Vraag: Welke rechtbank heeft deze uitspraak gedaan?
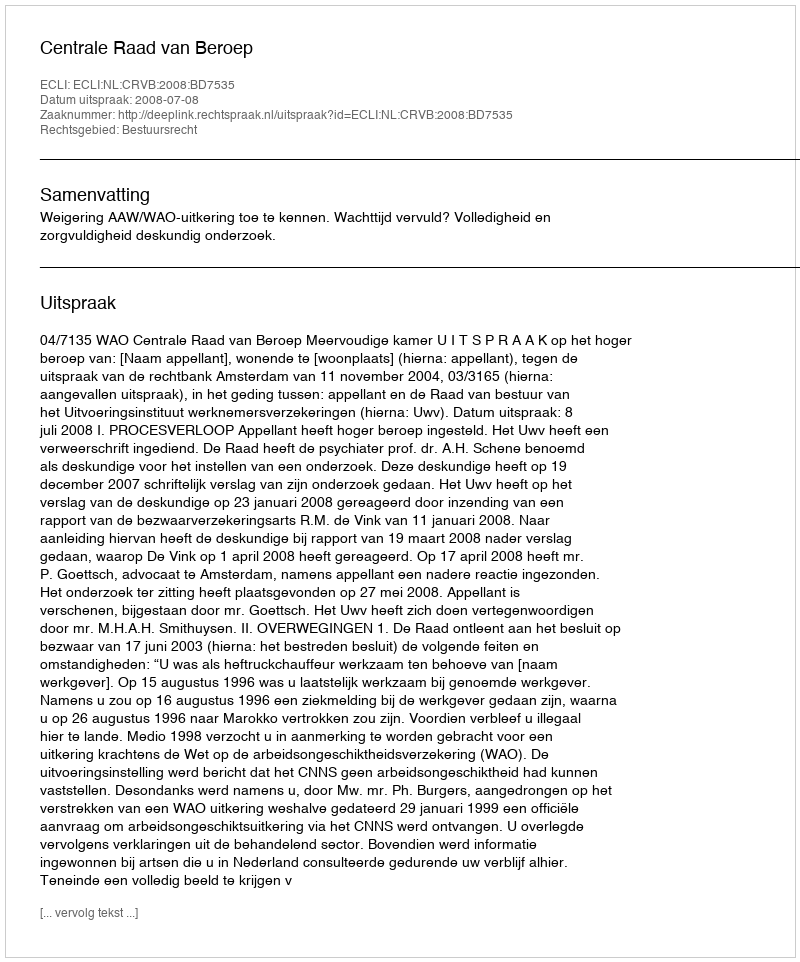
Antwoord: Centrale Raad van Beroep